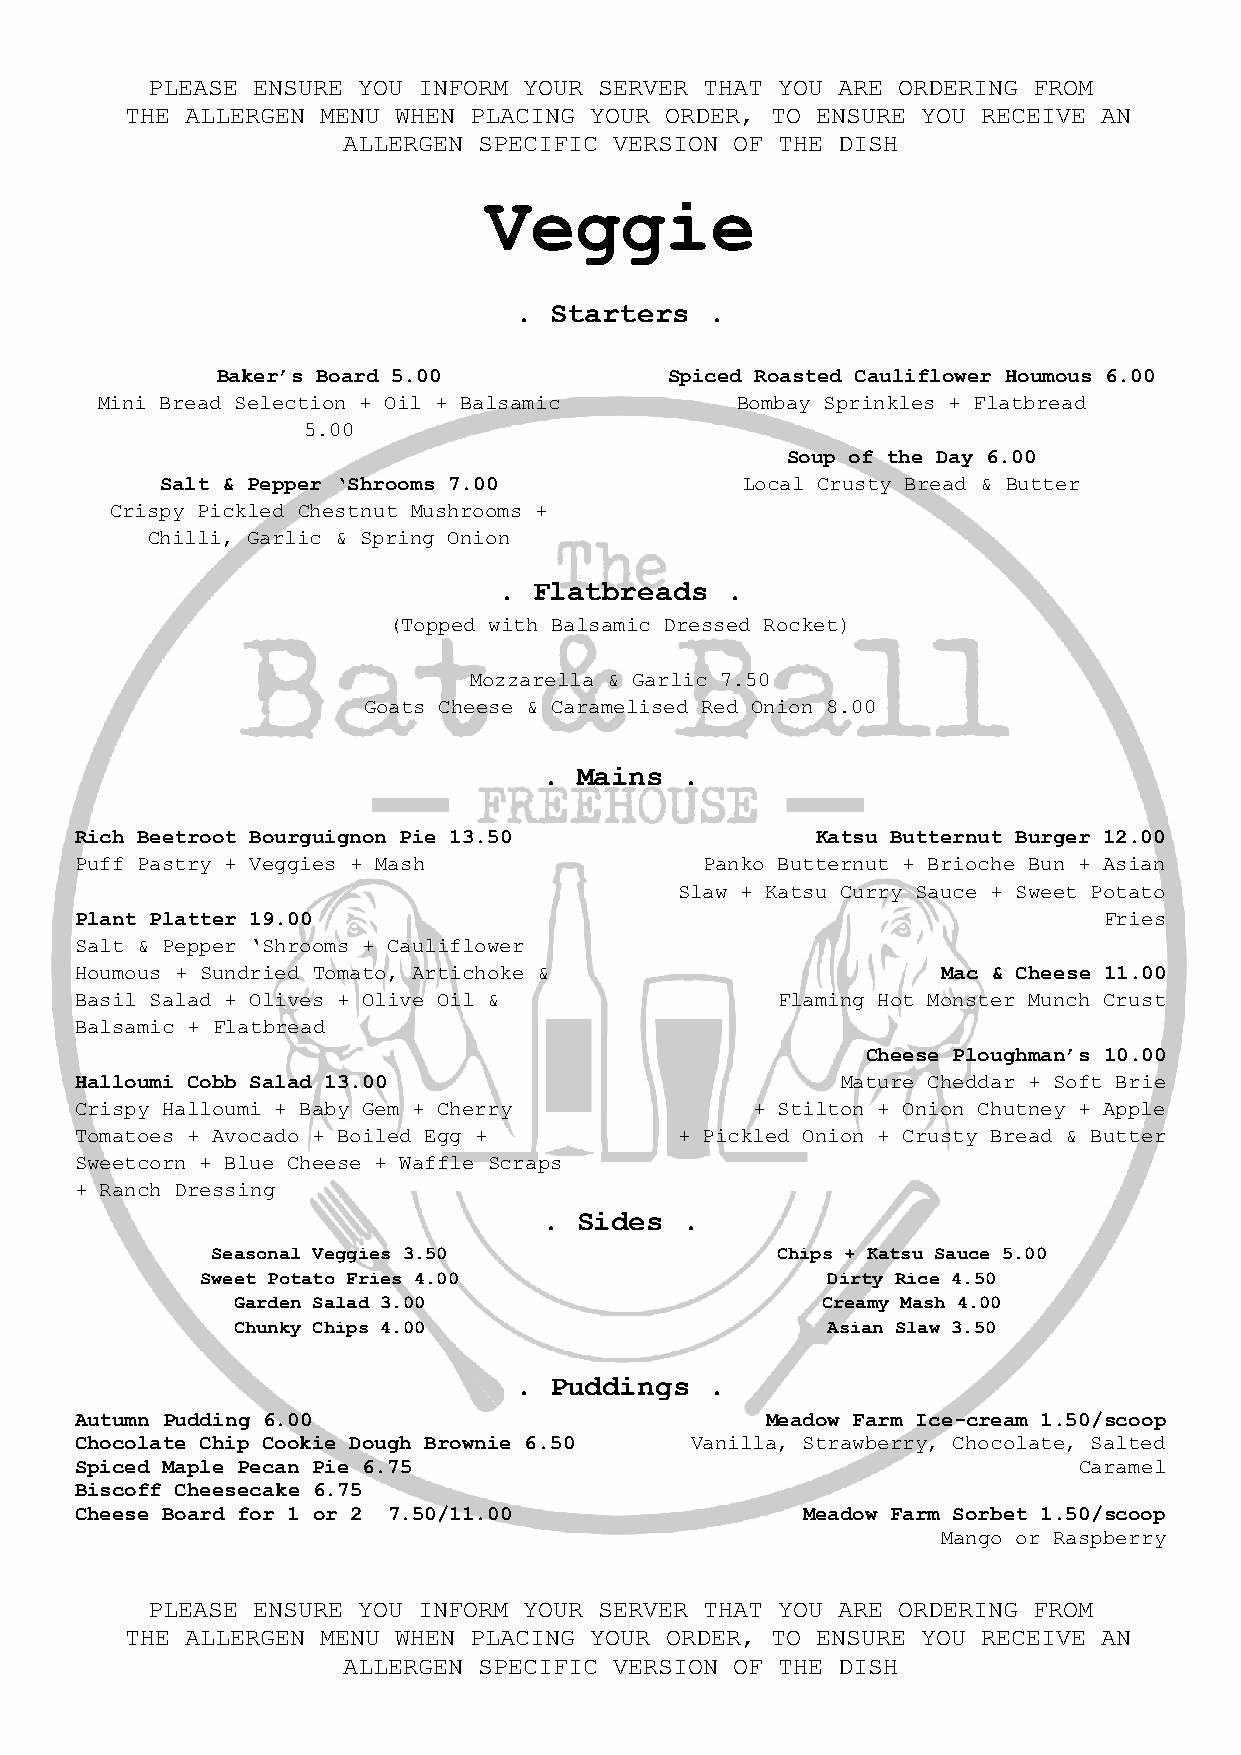
PLEASE ENSURE YOU INFORM YOUR SERVER THAT YOU ARE ORDERING FROM
 THE ALLERGEN MENU WHEN PLACING YOUR ORDER, TO ENSURE YOU RECEIVE AN
 ALLERGEN SPECIFIC VERSION OF THE DISH
 Veggie
 . Starters   .
 Baker’s Board 5.00            Spiced Roasted Cauliflower Houmous 6.00
 Mini Bread Selection + Oil + Balsamic      Bombay Sprinkles + Flatbread
 5.00
 Soup of the Day 6.00
 Salt & Pepper ‘Shrooms 7.00           Local Crusty Bread & Butter
 Crispy Pickled Chestnut Mushrooms +
 Chilli, Garlic & Spring Onion
 . Flatbreads   .
 (Topped with Balsamic Dressed Rocket)
 Mozzarella & Garlic 7.50
 Goats Cheese & Caramelised Red Onion 8.00
 . Mains  .
 Rich Beetroot Bourguignon Pie 13.50              Katsu Butternut Burger 12.00
 Puff Pastry + Veggies + Mash              Panko Butternut + Brioche Bun + Asian
 Slaw + Katsu Curry Sauce + Sweet Potato
 Plant Platter 19.00                                                 Fries
 Salt & Pepper ‘Shrooms + Cauliflower
 Houmous + Sundried Tomato, Artichoke &                   Mac & Cheese 11.00
 Basil Salad + Olives + Olive Oil &             Flaming Hot Monster Munch Crust
 Balsamic + Flatbread
 Cheese Ploughman’s 10.00
 Halloumi Cobb Salad 13.00                          Mature Cheddar + Soft Brie
 Crispy Halloumi + Baby Gem + Cherry          + Stilton + Onion Chutney + Apple
 Tomatoes + Avocado + Boiled Egg +       + Pickled Onion + Crusty Bread & Butter
 Sweetcorn + Blue Cheese + Waffle Scraps
 + Ranch Dressing
 . Sides  .
 Seasonal Veggies 3.50                Chips + Katsu Sauce 5.00
 Sweet Potato Fries 4.00                   Dirty Rice 4.50
 Garden Salad 3.00                      Creamy Mash 4.00
 Chunky Chips 4.00                       Asian Slaw 3.50
 . Puddings   .
 Autumn Pudding 6.00                           Meadow Farm Ice-cream 1.50/scoop
 Chocolate Chip Cookie Dough Brownie 6.50 Vanilla, Strawberry, Chocolate, Salted
 Spiced Maple Pecan Pie 6.75                                       Caramel
 Biscoff Cheesecake 6.75
 Cheese Board for 1 or 2 7.50/11.00              Meadow Farm Sorbet 1.50/scoop
 Mango or Raspberry
 PLEASE ENSURE YOU INFORM YOUR SERVER THAT YOU ARE ORDERING FROM
 THE ALLERGEN MENU WHEN PLACING YOUR ORDER, TO ENSURE YOU RECEIVE AN
 ALLERGEN SPECIFIC VERSION OF THE DISH